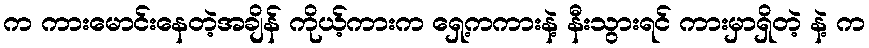
က ကားမောင်းနေတဲ့အချိန် ကိုယ့်ကားက ရှေ့ကကားနဲ့ နီးသွားရင် ကားမှာရှိတဲ့ နဲ့ က